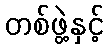
တစ်ဖွဲ့နှင့်